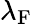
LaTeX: \lambda_{\mathrm{F}}